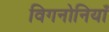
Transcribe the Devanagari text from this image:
विगनोनियाँ